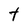
Character: t